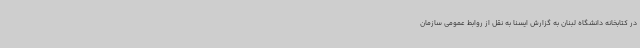
در کتابخانه دانشگاه لبنان به گزارش ایسنا به نقل از روابط عمومی سازمان